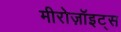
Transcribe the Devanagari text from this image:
मीरोज़ॉइट्स